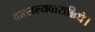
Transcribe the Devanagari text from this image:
वात्सल्यवारान्निधे।